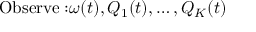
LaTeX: { \mathrm { O b s e r v e : } } \omega ( t ) , Q _ { 1 } ( t ) , \ldots , Q _ { K } ( t )